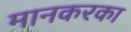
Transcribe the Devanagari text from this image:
मानकरका